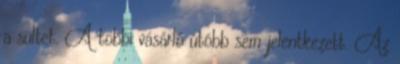
a sültet. A többi vásárló utóbb sem jelentkezett. Az